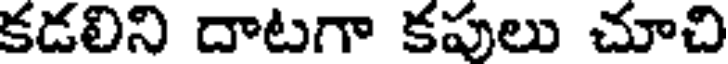
కడలిని దాటగా కపులు చూచి